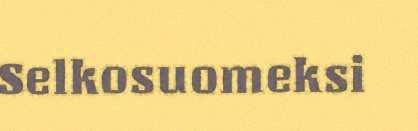
Selkosuomeksi